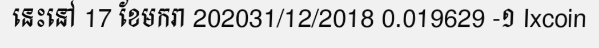
នេះនៅ 17 ខែមករា 202031/12/2018 0.019629 -១ Ixcoin